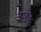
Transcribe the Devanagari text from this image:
डाइरे